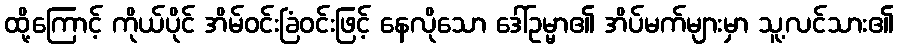
ထို့ကြောင့် ကိုယ်ပိုင် အိမ်ဝင်းခြံဝင်းဖြင့် နေလိုသော ဒေါ်ဥမ္မာ၏ အိပ်မက်များမှာ သူ့လင်သား၏